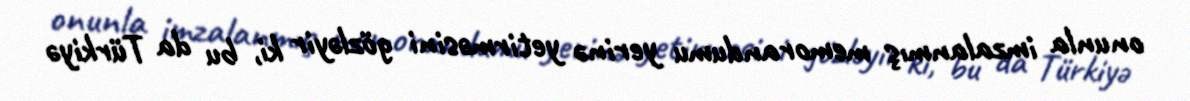
onunla imzalanmış memorandumu yerinə yetirməsini gözləyir ki, bu da Türkiyə